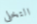
التخلى